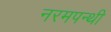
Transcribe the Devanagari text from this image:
नरमपन्थी